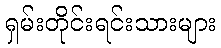
ရှမ်းတိုင်းရင်းသားများ